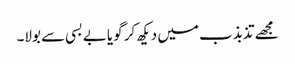
مجھے تذبذب میں دیکھ کر گویا بے بسی سے بولا۔